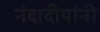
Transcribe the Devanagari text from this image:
नंदादीपांनी